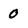
Character: 0